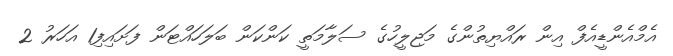
އެމްއެންޑީއެފް އިން ރައްޔިތުންގެ މަޖިލީހުގެ ސަލާމަތީ ކަންކަން ބަލަހައްޓަން ފަށައިފި1 އަހަރު 2